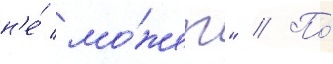
н'е́ мо́жет" // По́